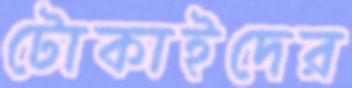
টোকাইদের